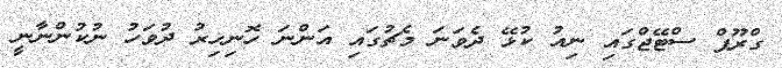
ގްރޫޕް ސްޓޭޖްގައި ނިއު ކުޅޭ ދެވަނަ މެޗުގައި އަންނަ ހޮނިހިރު ދުވަހު ނުކުންނާނީ